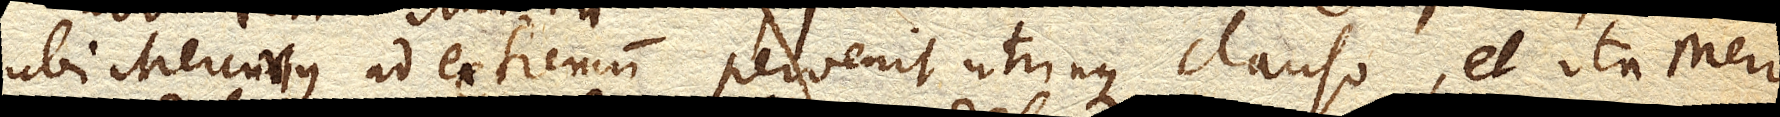
ubi Mercurius ad extremum pervenit utrinque clauso, et ita Merc